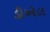
ડીએલ